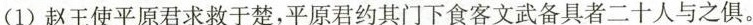
(1)赵王使平原君求救于楚，平原君约其门下食客文武备具者二十人与之俱。